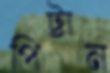
পিট্‌টান